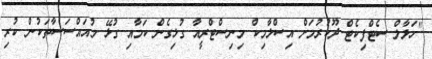
"ހަލާލް ސެޓްފިކެޓް ދޫކުރުމަށް އިސްލާމިކް މިނިސްޓްރީއާ ގުޅިގެން ކަމާއި ގުޅޭ މުއައްސަސާތަކުން ކުރި